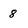
Character: 8